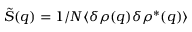
\tilde { S } ( q ) = 1 / N \langle \delta \rho ( q ) \delta \rho ^ { \ast } ( q ) \rangle